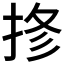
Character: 𱟾